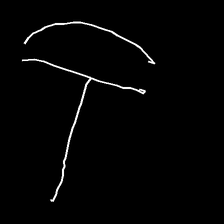
Glyph: dispersion